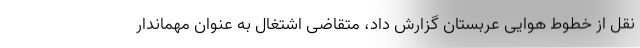
نقل از خطوط هوایی عربستان گزارش داد، متقاضی اشتغال به عنوان مهماندار